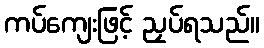
ကပ်ကျေးဖြင့် ညှပ်ရသည်။